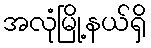
အလုံမြို့နယ်ရှိ